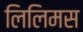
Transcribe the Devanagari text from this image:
लिलिमस